Indian journal of veterinary science and animal husbandry - Volumes 18-21, 1948-1951
Year: 1948
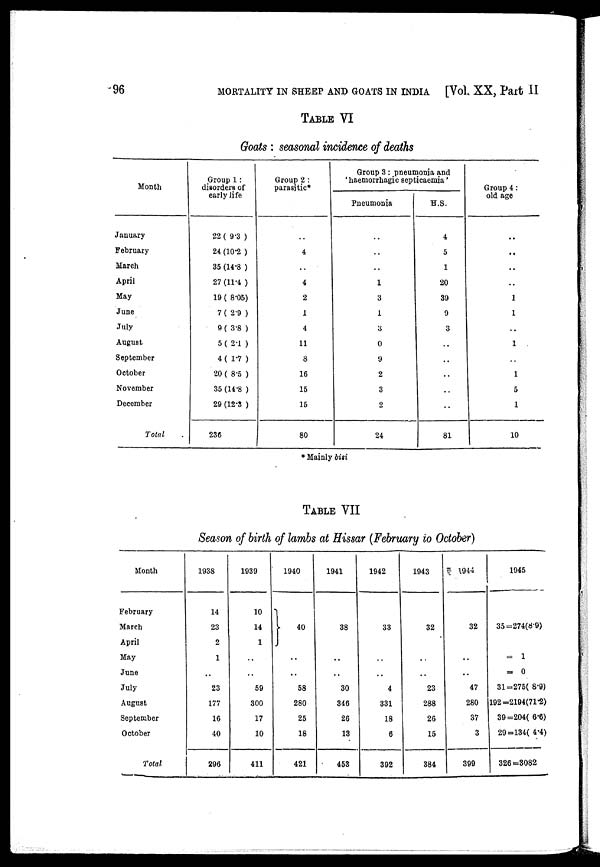
96
MORTALITY IN SHEEP AND GOATS IN INDIA [Vol. XX, Part II
TABLE VI
Goats : seasonal incidence of deaths
Month
January
February
March
April
May
June
July
August
September
October
November
December
Total
Group 1 :
disorders of
early life
22 (9.3)
24 (10.2)
35 (14.8)
27 (11.4)
19 (8.05)
7(2.9)
9(3.8)
5(2.1)
4(1.7)
20 (8.5)
35 (14.8)
29 (12.3)
236
Group 2 :
parasitic*
. .
4
. .
4
2
1
4
11
8
16
15
16
80
Group 3:pneumonia and
'haemorrhagic septicaemia'
Pneumonia
. .
. .
. .
1
3
1
3
0
9
2
3
2
24
H.S.
4
5
1
20
39
9
3
. .
. .
. .
. .
. .
81
Group 4:
old age
. .
. .
. .
. .
1
1
. .
1
. .
1
5
1
10
* Mainly bisi
TABLE VII
Season of birth of lambs at Hissar (February to October)
Month
February
March
April
May
June
July
August
September
October
Total
1938
14
23
2
1
. .
23
177
16
40
296
1939
10
14
1
. .
..
59
300
17
10
411
1940
40
. .
. .
58
280
25
18
421
1941
38
. .
. .
30
346
26
13
453
1942
33
. .
. .
4
331
18
6
392
1943
32
. .
. .
23
288
26
15
384
1944
32
. .
. .
47
280
37
3
399
1945
35=274(8.9)
= 1
= 0
31=275(8.9)
192=2194(71.2)
39=204(6.6)
29=134(4.4)
326=3082